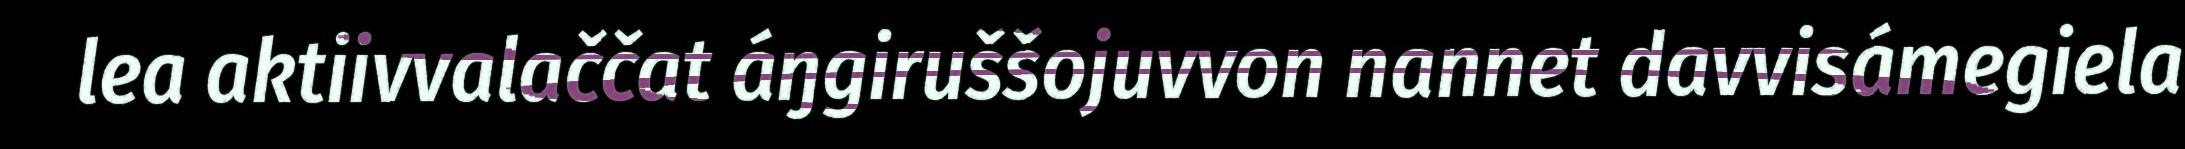
lea aktiivvalaččat áŋgiruššojuvvon nannet davvisámegiela